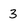
Character: 3